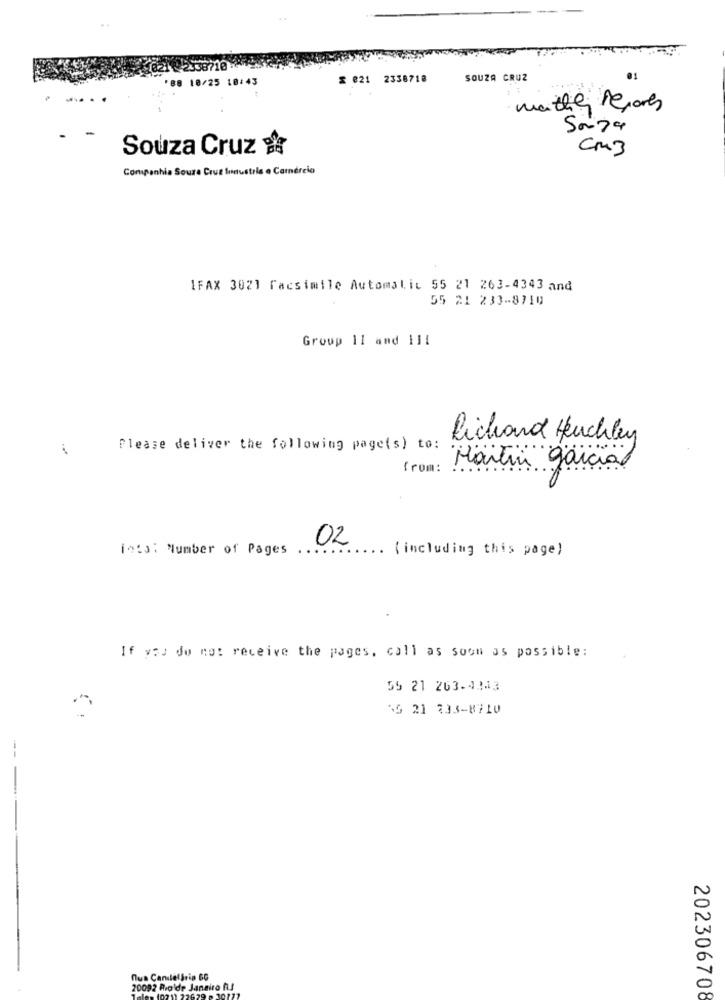
38710-
88 10/25 10:43
£ 821 2338718
SOUZA CRUZ
maithey reports
Souza Cruz %
Cm3
Companhia Soure Cruz Industrla o Comércio
IFAX 3021 Facsimile Automalit 55 21 263-4343 and
55 21 233-8710
Group 11 and 111
Richard Huchley
Please deliver the following page(s) to:
from:
Martin garcial
02
into: Number of Pages
( including this page)
If you do not receive the pages, call as soon as possible:
55 21 263.4343
16 21 233-8710
nus Canilel Sein GC
20092 Realde Janeiro RJ
202306708